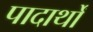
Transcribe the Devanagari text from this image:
पादार्थों